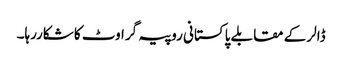
ڈالر کے مقابلے پاکستانی روپیہ گراوٹ کا شکاررہا۔